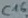
Text: C16